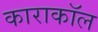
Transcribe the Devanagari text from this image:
काराकॉल